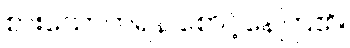
စားသောက်ရန် စောင့်နေကြ၏။